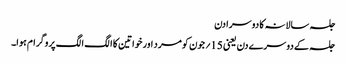
جلسہ سالانہ کا دوسرا دن
جلسہ کے دوسرے دن یعنی 15؍ جون کو مرد اور خواتین کا الگ الگ پروگرام ہوا۔